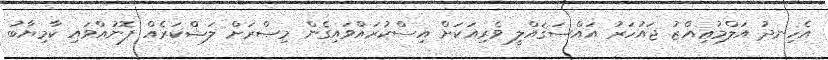
އެހިނދު އަލްމުޢިއްޒު ޖައުހަރު އައްޞަޤައްލީ ވެރިއަކަށް އިސްކުރައްވައިގެން މިޞްރަށް ލަޝްކަރެއް ފޮނުއްވައި ކާމިޔާބު